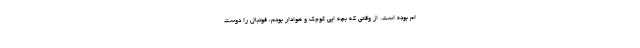
ام بوده است. از وقتی که بچه ایی کوچک و هوادار بودم، فوتبال را دوست